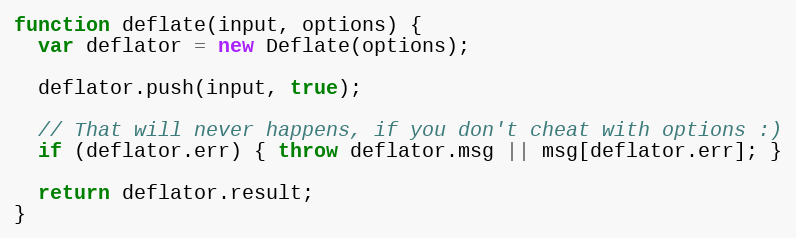
Language: JavaScript
function deflate(input, options) {
  var deflator = new Deflate(options);

  deflator.push(input, true);

  // That will never happens, if you don't cheat with options :)
  if (deflator.err) { throw deflator.msg || msg[deflator.err]; }

  return deflator.result;
}